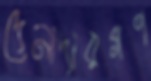
দেনাদারগণ